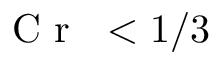
\mathrm { ~ \textit ~ { ~ C ~ r ~ } ~ } { } < 1 / 3